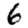
Digit: 6